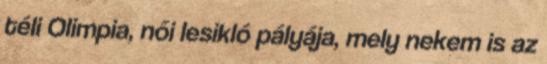
téli Olimpia, női lesikló pályája, mely nekem is az